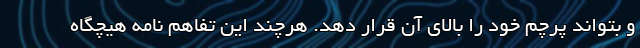
و بتواند پرچم خود را بالای آن قرار دهد. هرچند این تفاهم نامه هیچگاه